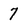
Character: 7